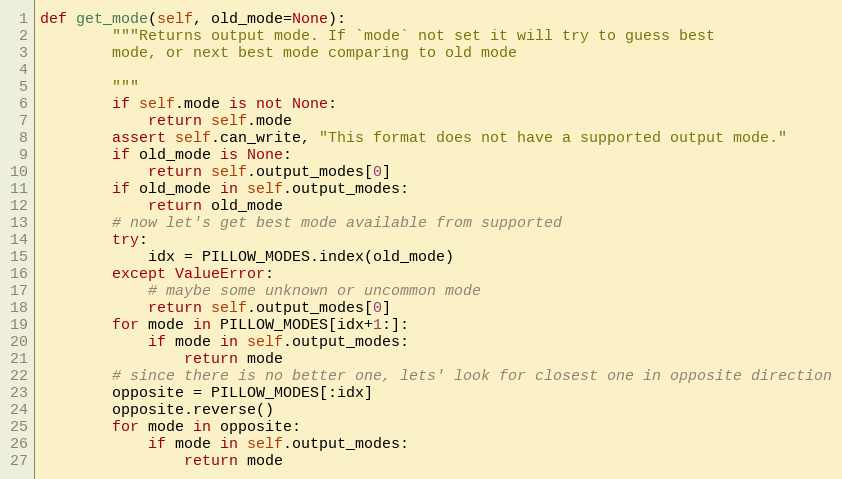
Language: Python
def get_mode(self, old_mode=None):
        """Returns output mode. If `mode` not set it will try to guess best
        mode, or next best mode comparing to old mode

        """
        if self.mode is not None:
            return self.mode
        assert self.can_write, "This format does not have a supported output mode."
        if old_mode is None:
            return self.output_modes[0]
        if old_mode in self.output_modes:
            return old_mode
        # now let's get best mode available from supported
        try:
            idx = PILLOW_MODES.index(old_mode)
        except ValueError:
            # maybe some unknown or uncommon mode
            return self.output_modes[0]
        for mode in PILLOW_MODES[idx+1:]:
            if mode in self.output_modes:
                return mode
        # since there is no better one, lets' look for closest one in opposite direction
        opposite = PILLOW_MODES[:idx]
        opposite.reverse()
        for mode in opposite:
            if mode in self.output_modes:
                return mode